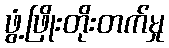
ဖွံ့ဖြိုးတိုးတက်မှု